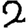
Digit: 2